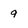
Character: 9